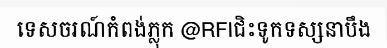
ទេសចរណ៍កំពង់ភ្លុក @RFIជិះទូកទស្សនាបឹង